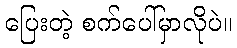
ပြေးတဲ့ စက်ပေါ်မှာလိုပဲ။